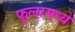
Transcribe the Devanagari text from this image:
फुलामध्ये